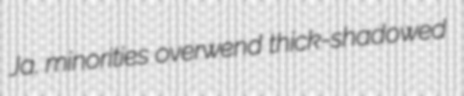
Ja. minorities overwend thick-shadowed